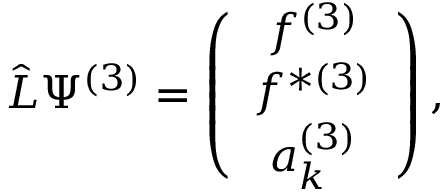
\hat { L } \Psi ^ { ( 3 ) } = \left( \begin{array} { c } { { f ^ { ( 3 ) } } } \\ { { f ^ { \ast ( 3 ) } } } \\ { { a _ { k } ^ { ( 3 ) } } } \end{array} \right) ,